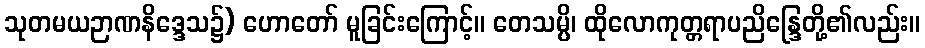
သုတမယဉာဏနိဒ္ဒေသ၌) ဟောတော် မူခြင်းကြောင့်။ တေသမ္ပိ၊ ထိုလောကုတ္တရာပညိန္ဒြေတို့၏လည်း။